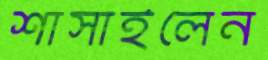
শাসাইলেন